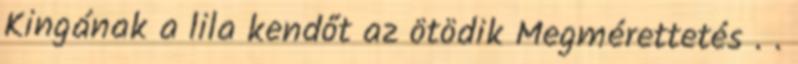
Kingának a lila kendőt az ötödik Megmérettetés . .